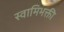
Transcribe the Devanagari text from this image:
स्वामिभक्ती